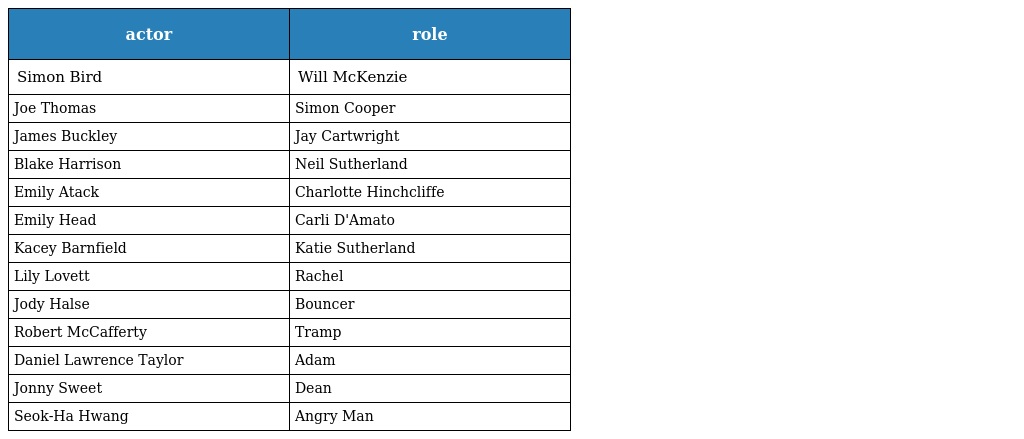
| actor | role |
 | --- | --- |
 | Simon Bird | Will McKenzie |
 | Joe Thomas | Simon Cooper |
 | James Buckley | Jay Cartwright |
 | Blake Harrison | Neil Sutherland |
 | Emily Atack | Charlotte Hinchcliffe |
 | Emily Head | Carli D'Amato |
 | Kacey Barnfield | Katie Sutherland |
 | Lily Lovett | Rachel |
 | Jody Halse | Bouncer |
 | Robert McCafferty | Tramp |
 | Daniel Lawrence Taylor | Adam |
 | Jonny Sweet | Dean |
 | Seok-Ha Hwang | Angry Man |